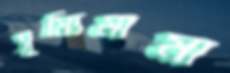
সূয্যিমামা